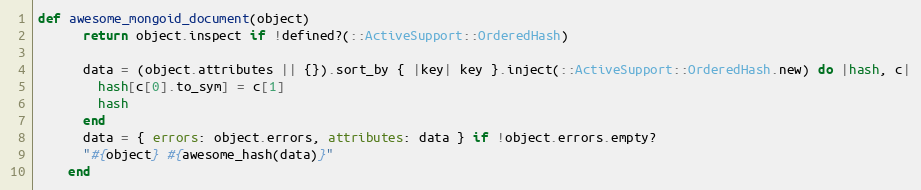
Language: Ruby
def awesome_mongoid_document(object)
      return object.inspect if !defined?(::ActiveSupport::OrderedHash)

      data = (object.attributes || {}).sort_by { |key| key }.inject(::ActiveSupport::OrderedHash.new) do |hash, c|
        hash[c[0].to_sym] = c[1]
        hash
      end
      data = { errors: object.errors, attributes: data } if !object.errors.empty?
      "#{object} #{awesome_hash(data)}"
    end